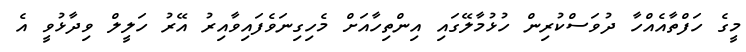
މީގެ ހަފްތާއެއްހާ ދުވަސްކުރިން ހުޅުމާލޭގައި އިންތިހާއަށް މެހިގިނަވެފައިވާއިރު އޭރު ހަލީލް ވިދާޅުވީ އެ